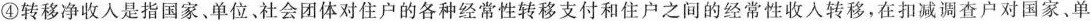
④转移净收人是指国家、单位、社会团体对住户的各种经常性转移支付和住户之间的经常性收入转移，在扣减调查户对国家、单